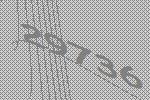
29736